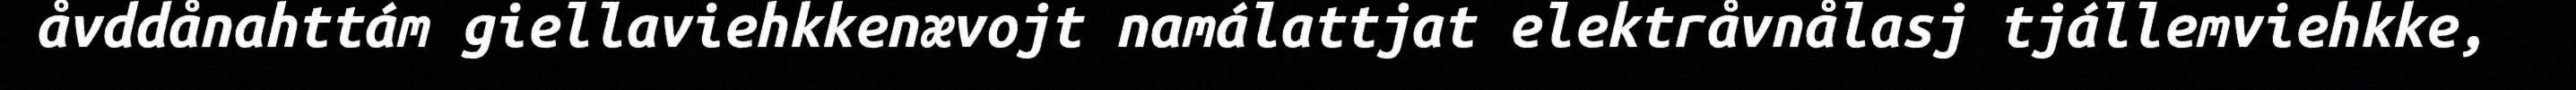
åvddånahttám giellaviehkkenævojt namálattjat elektråvnålasj tjállemviehkke,